Lunatic asylums Madras 1892-1911 - 1892-1911
Year: 1892
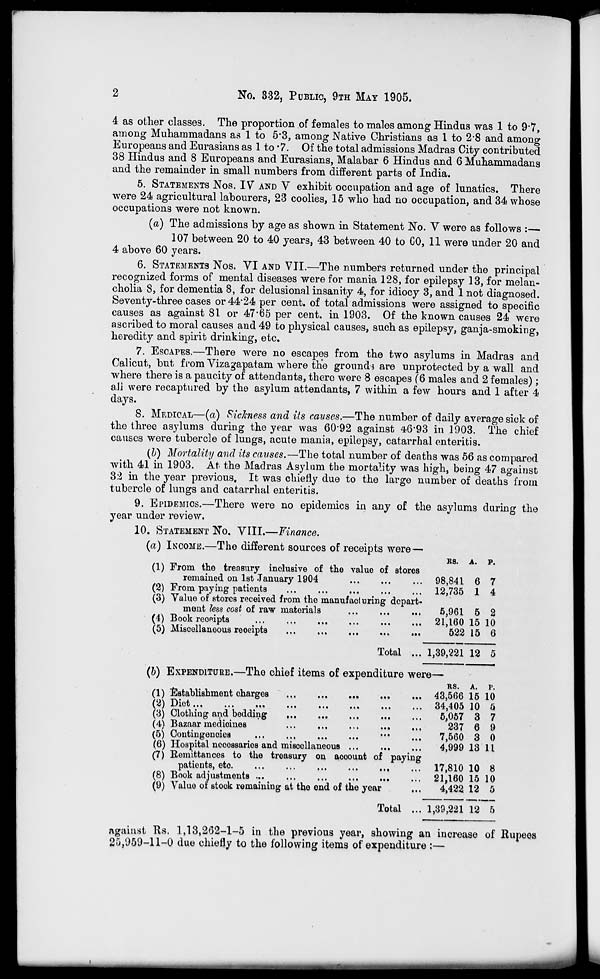
No. 332, PUBLIC, 9TH MAY 1905.
4 as other classes. The proportion of females to males among Hindus was 1 to 9*7,
among Muhammadans as 1 to 5*3, among Native Christians as 1 to 2*8 and among
Europeans and Eurasians as 1 to •?. Of the total admissions Madras City contributed
38 Hindus and 8 Europeans and Eurasians, Malabar 6 Hindus and 6 Muhammadans
and the remainder in small numbers from different parts of India.
5. STATEMENTS Nos. IV" AND V exhibit occupation and age of lunatics. There
were 24 agricultural labourers, 23 coolies, 15 who had no occupation, and 34 whose
occupations were not known.
(a) The admissions by age as shown in Statement No. V were as follows :—.
107 between 20 to 40 years, 43 between 40 to CO, 11 were under 20 and
4 above 60 years.
6. STATEMENTS Nos. VI AND VII.—The numbers returned under the principal
recognized forms of mental diseases were for mania 128, for epilepsy 13, for melan-
cholia 8, for dementia 8, for delusional insanity 4, for idiocy 3, and 1 not diagnosed.
Seventy-three cases or 44*24 per cent, of total admissions were assigned to specific
causes as against 81 or 47*65 per cent, in 1903. Of the known causes 24 were
ascribed to moral causes and 49 to physical causes, such as epilepsy, ganja-smoking,
heredity and spirit drinking, etc.
7. ESCAPES.—There were no escapes from the two asylums in Madras and
Calicut, but from Vizagapatam where the ground* are unprotected by a wall and
where there is a paucity of attendants, there were 8 escapes (6 males and 2 females);
all were recaptured by the asylum attendants, 7 within a few hours and 1 after 4
days.
8. MEDICAL—(a) Sic/eness and its causes.—The number of daily average sick of
the three asylums during the year was 60*92 against 46*93 in 1903. The chief
causes were tubercle of lungs, acute mania, epilepsy, catarrhal enteritis.
(b) Mortality and its causes.—The total number of deaths was 56 as compared
with 41 in 1903. At the Madras Asylum the mortality was high, being 47 against
32 in the year previous. It was chiefly due to the large number of deaths from
tubercle of lungs and catarrhal enteritis.
9. EPIDEMICS.—There were no epidemics in any of the asylums during the
year under review.
10. STATEMENT NO. VIII.—Finance.
(a) INCOME.—The different sources of receipts were—
E8.
p.
(1) From the treasury inclusive of the value of stores
remained on 1st January 1904
(2) From paying patients
(3) Value of stores received from the manufacluring depart-
ment less cost of raw materials
(4) Book reofiipts
(5) Miscellaneous reoeipts
Total ...
(&) EXPENDITURE.—The chief items of expenditure were—
(1) Establishment charges
( sj J 1 "lt-li ««•
iii
••*
•••
••«
•••
(3) Clothing and bedding
(4) Bazaar medioines
(5) Contingencies
...
.,,
(6) Hospital necessarios and miscellaneous ...
(7) Remittances to the treasury on acoount of paying
patients, etc
(8) Book adjustments ...
(9) Value of stock remaining at the end of the year
against Rs. 1,13,262-1-5 in the previous year, showing an increase of Rupees
20,959-11-0 due chiefly to the following items of expenditure :—
98,841 6
12,735 1
5,961 5
21,160 15
522 15
7
4
2
10
6
1,39,221 12 5
re—
RS. A.
43,566 15
34,405 10
5,057 3
237 6
7,560 3
4,999 13
17,810 10
21,160 15
4,422 12
p.
10
5
7
0
0
11
8
10
5
. 1,39,221 12 5